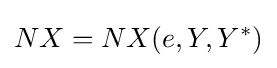
NX=NX(e,Y,Y^{*})